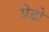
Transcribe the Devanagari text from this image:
ग्रेडो